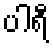
ပါရီ